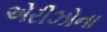
એરીઝોના